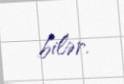
bilər.